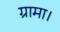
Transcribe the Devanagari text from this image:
ग्रामा।